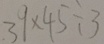
3 9 \times 4 5 \div 3